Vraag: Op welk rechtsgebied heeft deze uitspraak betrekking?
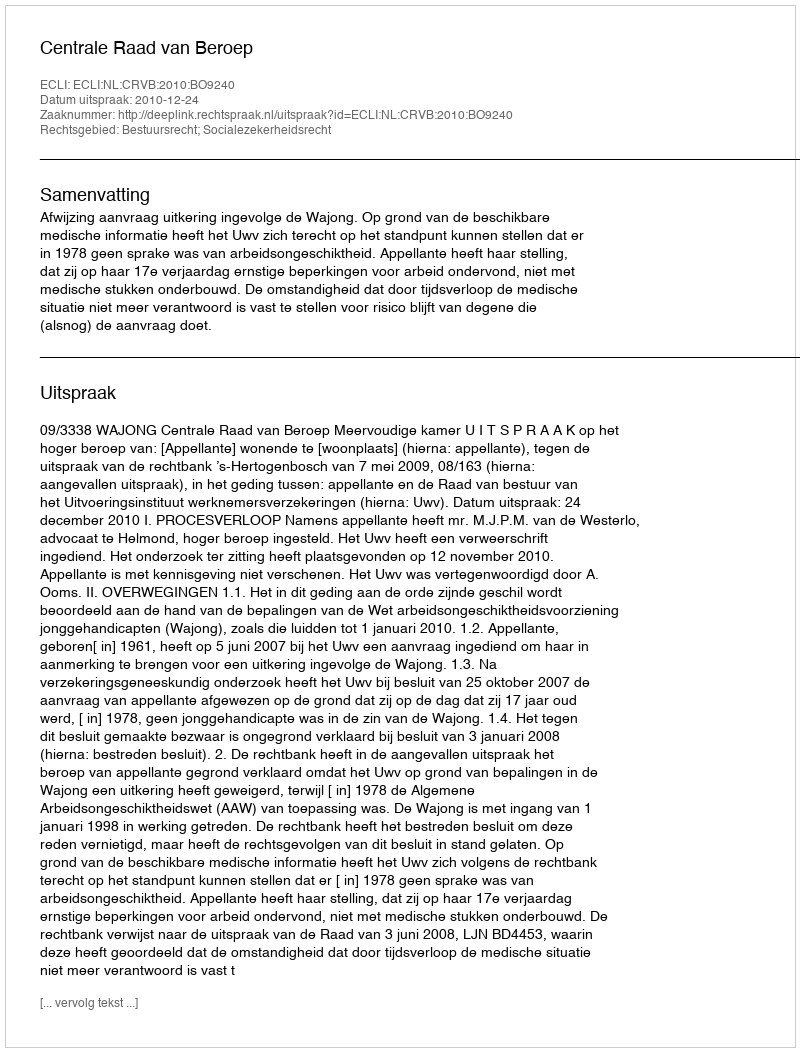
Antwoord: Bestuursrecht; Socialezekerheidsrecht